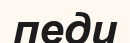
педи